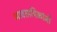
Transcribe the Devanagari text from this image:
व्यावसायिकांनी